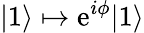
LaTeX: |1\rangle\mapsto\mathrm{e}^{i\phi}|1\rangle